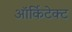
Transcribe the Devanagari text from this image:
ऑर्किटेक्ट